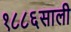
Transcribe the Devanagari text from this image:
१८८६साली